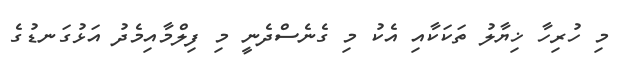
މި ހުރިހާ ޚިޔާލު ތަކަކާއި އެކު މި ގެނެސްދެނީ މި ފިލްމާއިމެދު އަޅުގަނޑުގެ